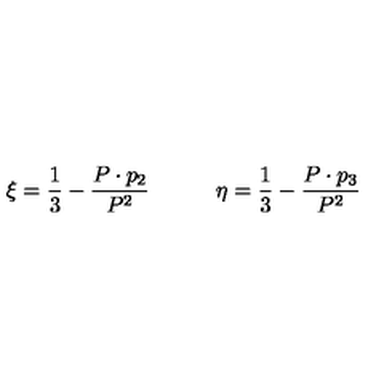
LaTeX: \xi = { \frac { 1 } { 3 } } - { \frac { P \cdot p _ { 2 } } { P ^ { 2 } } } \qquad \quad \eta = { \frac { 1 } { 3 } } - { \frac { P \cdot p _ { 3 } } { P ^ { 2 } } }